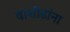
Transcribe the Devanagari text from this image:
वाशींडांना